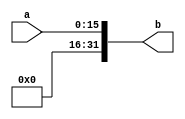
`timescale 1ns / 1ps
//////////////////////////////////////////////////////////////////////////////////
// Company: 
// Engineer: 
// 
// Design Name: 
// Module Name: ext16
// Project Name: 
// Target Devices: 
// Tool Versions: 
// Description: 
// 
// Dependencies: 
// 
// Revision:
// Revision 0.01 - File Created
// Additional Comments:
// 
//////////////////////////////////////////////////////////////////////////////////


module ext16(input [15:0] a,output [31:0] b);
assign b = {{16{1'b0}},a};//16032
endmodule